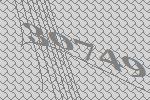
30749